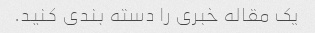
یک مقاله خبری را دسته بندی کنید.